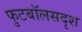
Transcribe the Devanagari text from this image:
फुटबॉलसदृश